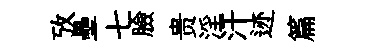
攷壘七臉贵淫汗迹篇